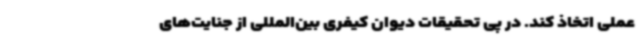
عملی اتخاذ کند. در پی تحقیقات دیوان کیفری بین‌المللی از جنایت‌های